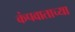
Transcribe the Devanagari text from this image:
कंपवाताच्या